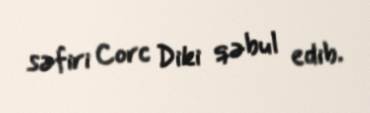
səfiri Corc Diki qəbul edib.